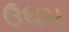
ઉધમ